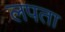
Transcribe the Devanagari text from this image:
लपता